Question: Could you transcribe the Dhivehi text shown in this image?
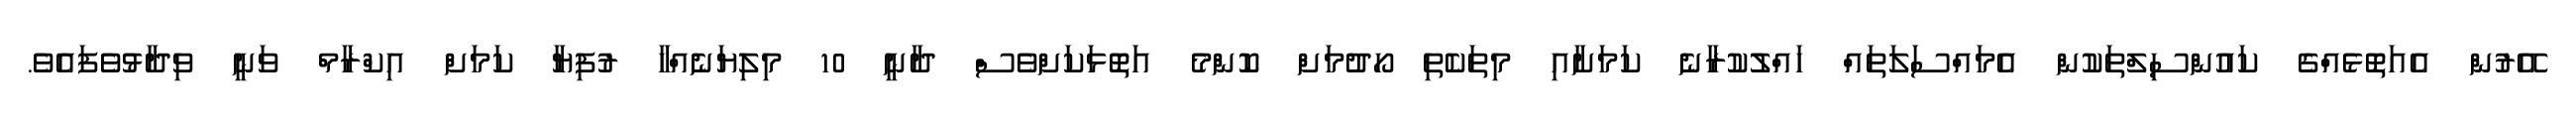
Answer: އޭރުން އެއަތޮޅެއްގެ ކައުންސިލްތަކުން އެމައްސަލަތައް ހައްލުކުރާނެ ކަމަށާއި މިތަކެތި ހޯދުމަށް ކޮންމެ އަތޮޅަކަށްވެސް ދާނީ 10 މިލިޔަނެއްހާ ރުފިޔާ ކަމަށް އިކްރާމް ވަނީ ވިދާޅުވެފައެވެ.